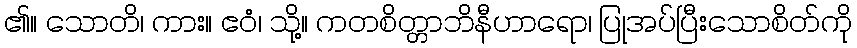
၏။ သောတိ၊ ကား။ ဧဝံ၊ သို့။ ကတစိတ္တာဘိနီဟာရော၊ ပြုအပ်ပြီးသောစိတ်ကို